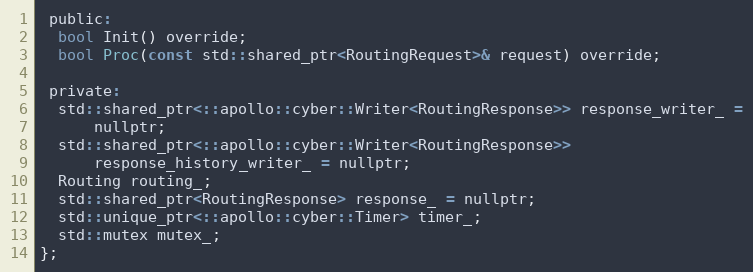
Language: C
 public:
  bool Init() override;
  bool Proc(const std::shared_ptr<RoutingRequest>& request) override;

 private:
  std::shared_ptr<::apollo::cyber::Writer<RoutingResponse>> response_writer_ =
      nullptr;
  std::shared_ptr<::apollo::cyber::Writer<RoutingResponse>>
      response_history_writer_ = nullptr;
  Routing routing_;
  std::shared_ptr<RoutingResponse> response_ = nullptr;
  std::unique_ptr<::apollo::cyber::Timer> timer_;
  std::mutex mutex_;
};